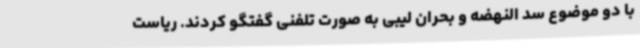
با دو موضوع سد النهضه و بحران لیبی به صورت تلفنی گفتگو کردند. ریاست